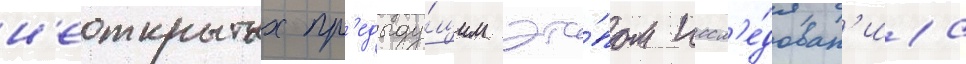
н'еоткрытых пр'едыду́щим эта́пом иссл'е́дован'иа